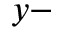
y -